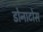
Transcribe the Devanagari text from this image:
डोनाटोस